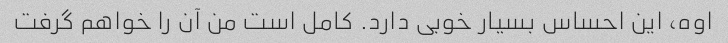
اوه، این احساس بسیار خوبی دارد. کامل است من آن را خواهم گرفت